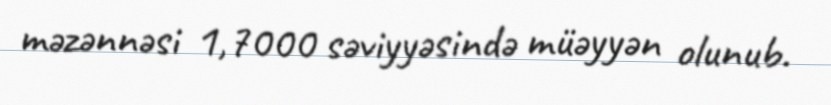
məzənnəsi 1,7000 səviyyəsində müəyyən olunub.